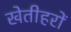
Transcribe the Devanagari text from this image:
खेतीहरों